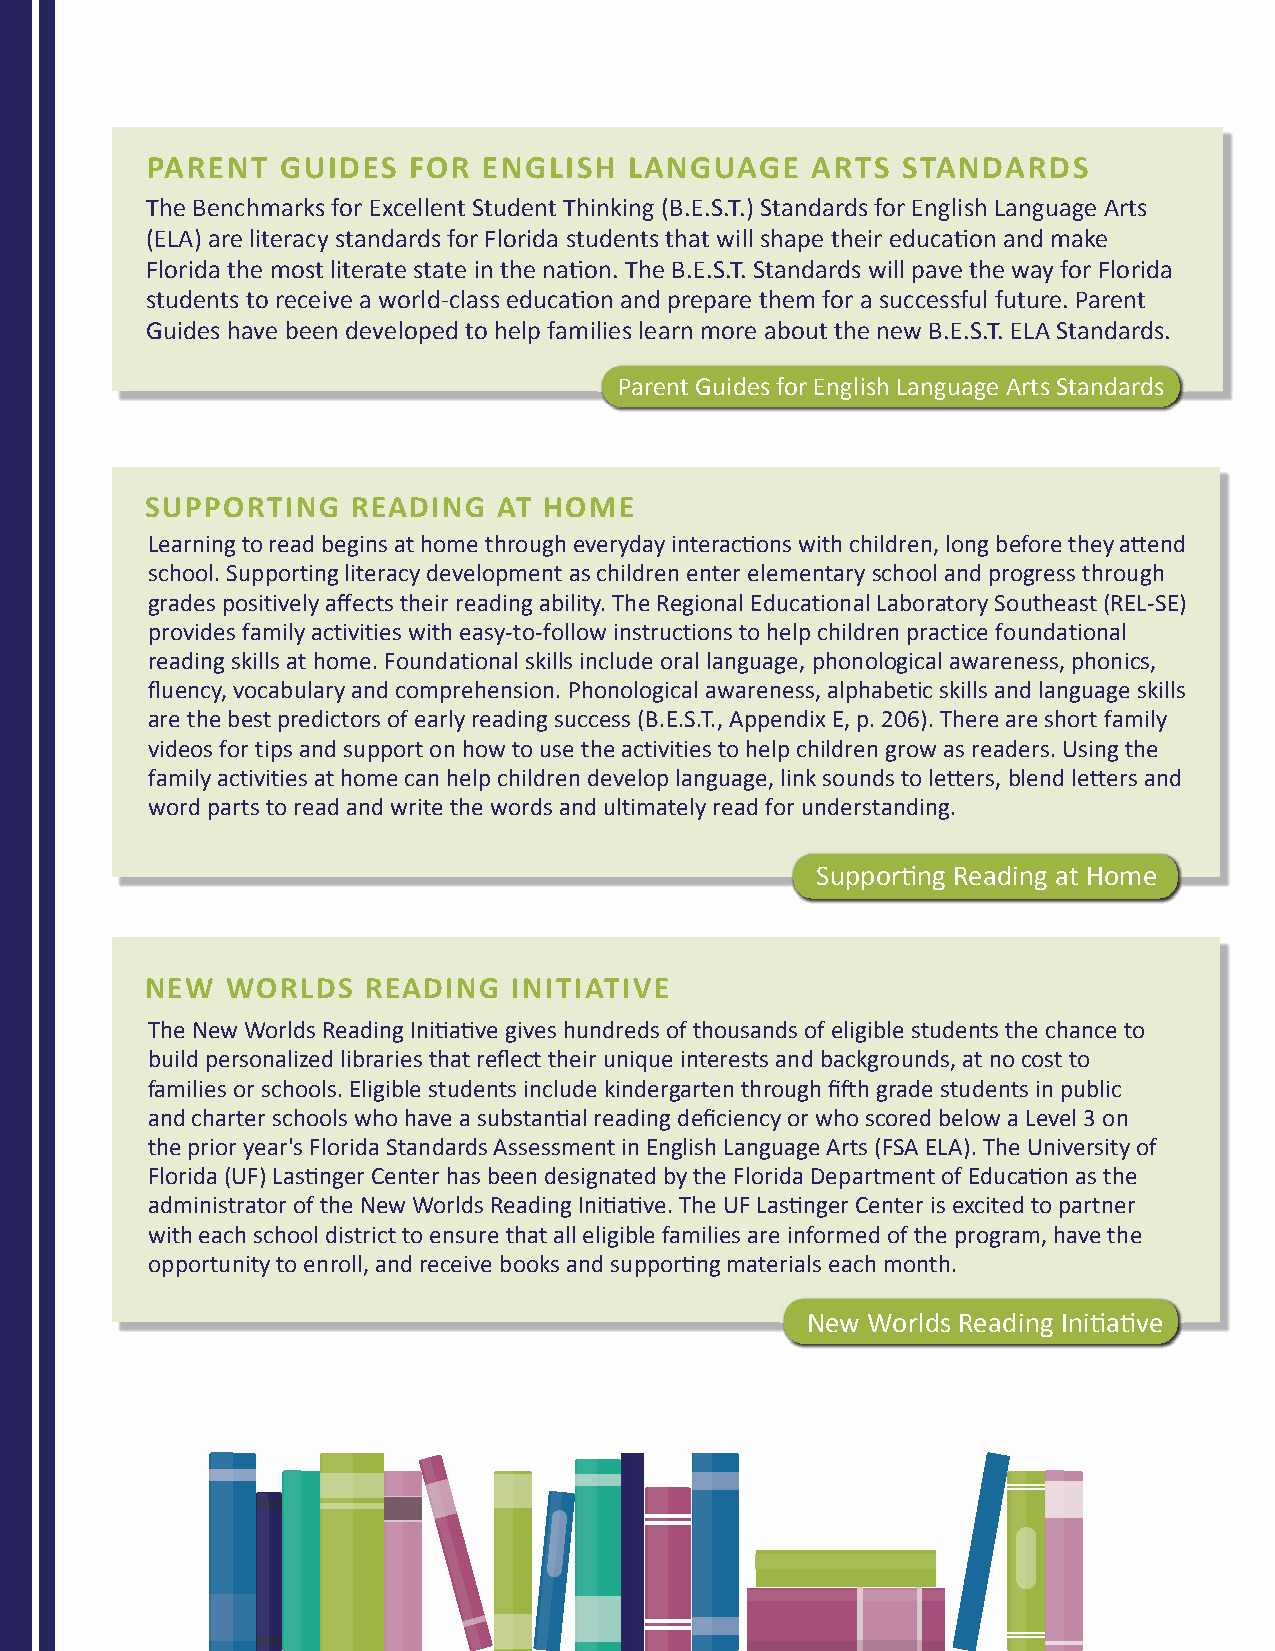
PARENT   GUIDES  FOR  ENGLISH   LANGUAGE    ARTS  STANDARDS
 The Benchmarks for Excellent Student Thinking (B.E.S.T.) Standards for English Language Arts
 (ELA) are literacy standards for Florida students that will shape their education and make
 Florida the most literate state in the nation. The B.E.S.T. Standards will pave the way for Florida
 students to receive a world-class education and prepare them for a successful future. Parent
 Guides have been developed to help families learn more about the new B.E.S.T. ELA Standards.
 Parent Guides for English Language Arts Standards
 SUPPORTING   READING   AT HOME
 Learning to read begins at home through everyday interactions with children, long before they attend
 school. Supporting literacy development as children enter elementary school and progress through
 grades positively affects their reading ability. The Regional Educational Laboratory Southeast (REL-SE)
 provides family activities with easy-to-follow instructions to help children practice foundational
 reading skills at home. Foundational skills include oral language, phonological awareness, phonics,
 fluency, vocabulary and comprehension. Phonological awareness, alphabetic skills and language skills
 are the best predictors of early reading success (B.E.S.T., Appendix E, p. 206). There are short family
 videos for tips and support on how to use the activities to help children grow as readers. Using the
 family activities at home can help children develop language, link sounds to letters, blend letters and
 word parts to read and write the words and ultimately read for understanding.
 Supporting Reading at Home
 NEW  WORLDS   READING   INITIATIVE
 The New Worlds Reading Initiative gives hundreds of thousands of eligible students the chance to
 build personalized libraries that reflect their unique interests and backgrounds, at no cost to
 families or schools. Eligible students include kindergarten through fifth grade students in public
 and charter schools who have a substantial reading deficiency or who scored below a Level 3 on
 the prior year's Florida Standards Assessment in English Language Arts (FSA ELA). The University of
 Florida (UF) Lastinger Center has been designated by the Florida Department of Education as the
 administrator of the New Worlds Reading Initiative. The UF Lastinger Center is excited to partner
 with each school district to ensure that all eligible families are informed of the program, have the
 opportunity to enroll, and receive books and supporting materials each month.
 New Worlds Reading Initiative